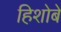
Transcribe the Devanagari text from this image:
हिशोबे